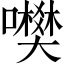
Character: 𡃎